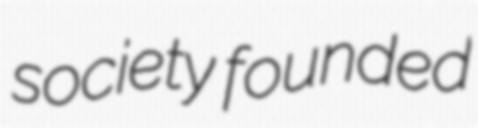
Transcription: society founded